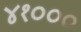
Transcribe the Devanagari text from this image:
४१०००